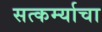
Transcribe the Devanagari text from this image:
सत्कर्म्याचा